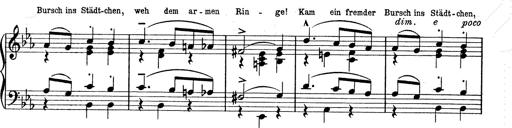
Title: 6 Polish Songs
Composer: Franz Liszt